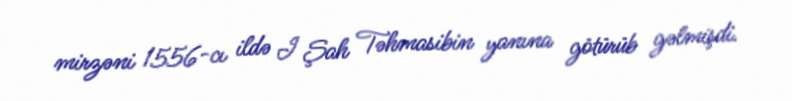
mirzəni 1556-cı ildə I Şah Təhmasibin yanına götürüb gəlmişdi.